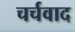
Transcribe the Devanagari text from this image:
चर्चवाद